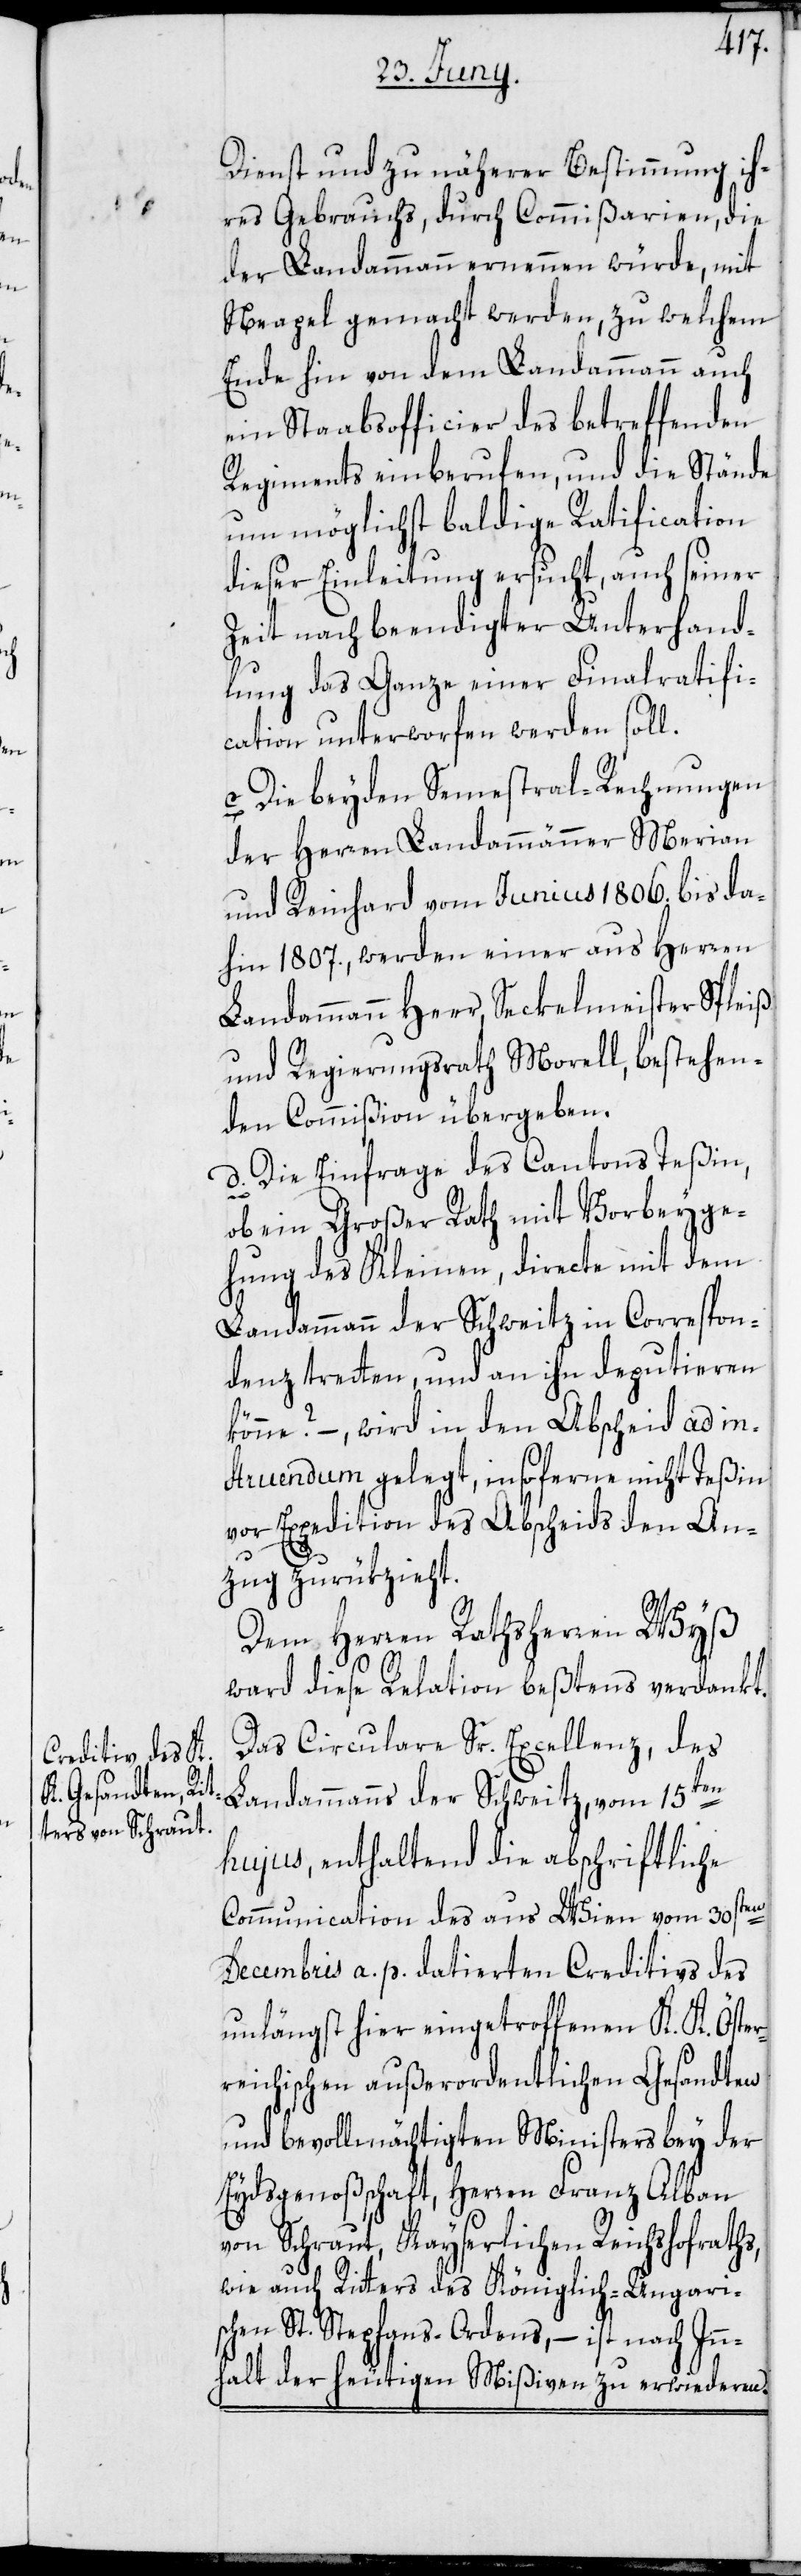
Dienst und zu näherer Bestimmung ih¬
res Gebrauchs, durch Commißarien, die
der Landammann ernennen würde, mit
Neapel gemacht werden, zu welchem
Ende hin von dem Landammann auch
ein Staabsofficier des betreffenden
Regiments einberufen, und die Stände
um möglichst baldige Ratification
dieser Einleitung ersucht, auch seiner
Zeit nach beendigter Unterhand¬
lung das Ganze einer Finalratifi¬
cation unterworfen werden soll.
c. Die beyden Semestral-Rechnungen
der Herren Landammänner Merian
und Reinhard vom Junius 1806. bis da¬
hin 1807., werden einer aus Herren
Landammann Heer, Seckelmeister Spleiß
und Regierungsrath Morell, bestehen¬
den Commißion übergeben.
d. Die Einfrage des Cantons Teßin,
ob ein Großer Rath mit Vorbeyge¬
hung des Kleinen, directe mit dem
Landammann der Schweitz in Correspon¬
denz tretten, und an ihn deputieren
könne? –, wird in den Abscheid ad in¬
struendum gelegt, insoferne nicht Teßin
vor Expedition des Abscheids den An¬
zug zurükzieht.
Dem Herren Rathsherr Wyß
ward diese Relation beßtens verdankt.
Das Circulare Sr. Excellenz, des
Landammanns der Schweitz, vom 15ten
hujus, enthaltend die abschriftliche
Communication des aus Wien vom 30sten
Decembris a. p. datierten Creditivs des
unlängst hier eingetroffenen K. K. Öster¬
reichischen außerordentlichen Gesandten
und bevollmächtigten Ministers bey der
Eydsgenoßschaft, Herren Franz Alban
von Schraut, Kayserlichen Reichshofraths,
wie auch Ritters des Königlich-Ungari¬
schen St. Stephans-Ordens, – ist nach Inn¬
halt der heutigen Mißiven zu erwiederen.